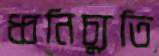
ধ্বনিচ্যুতি